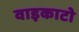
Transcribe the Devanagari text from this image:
वाइकाटो